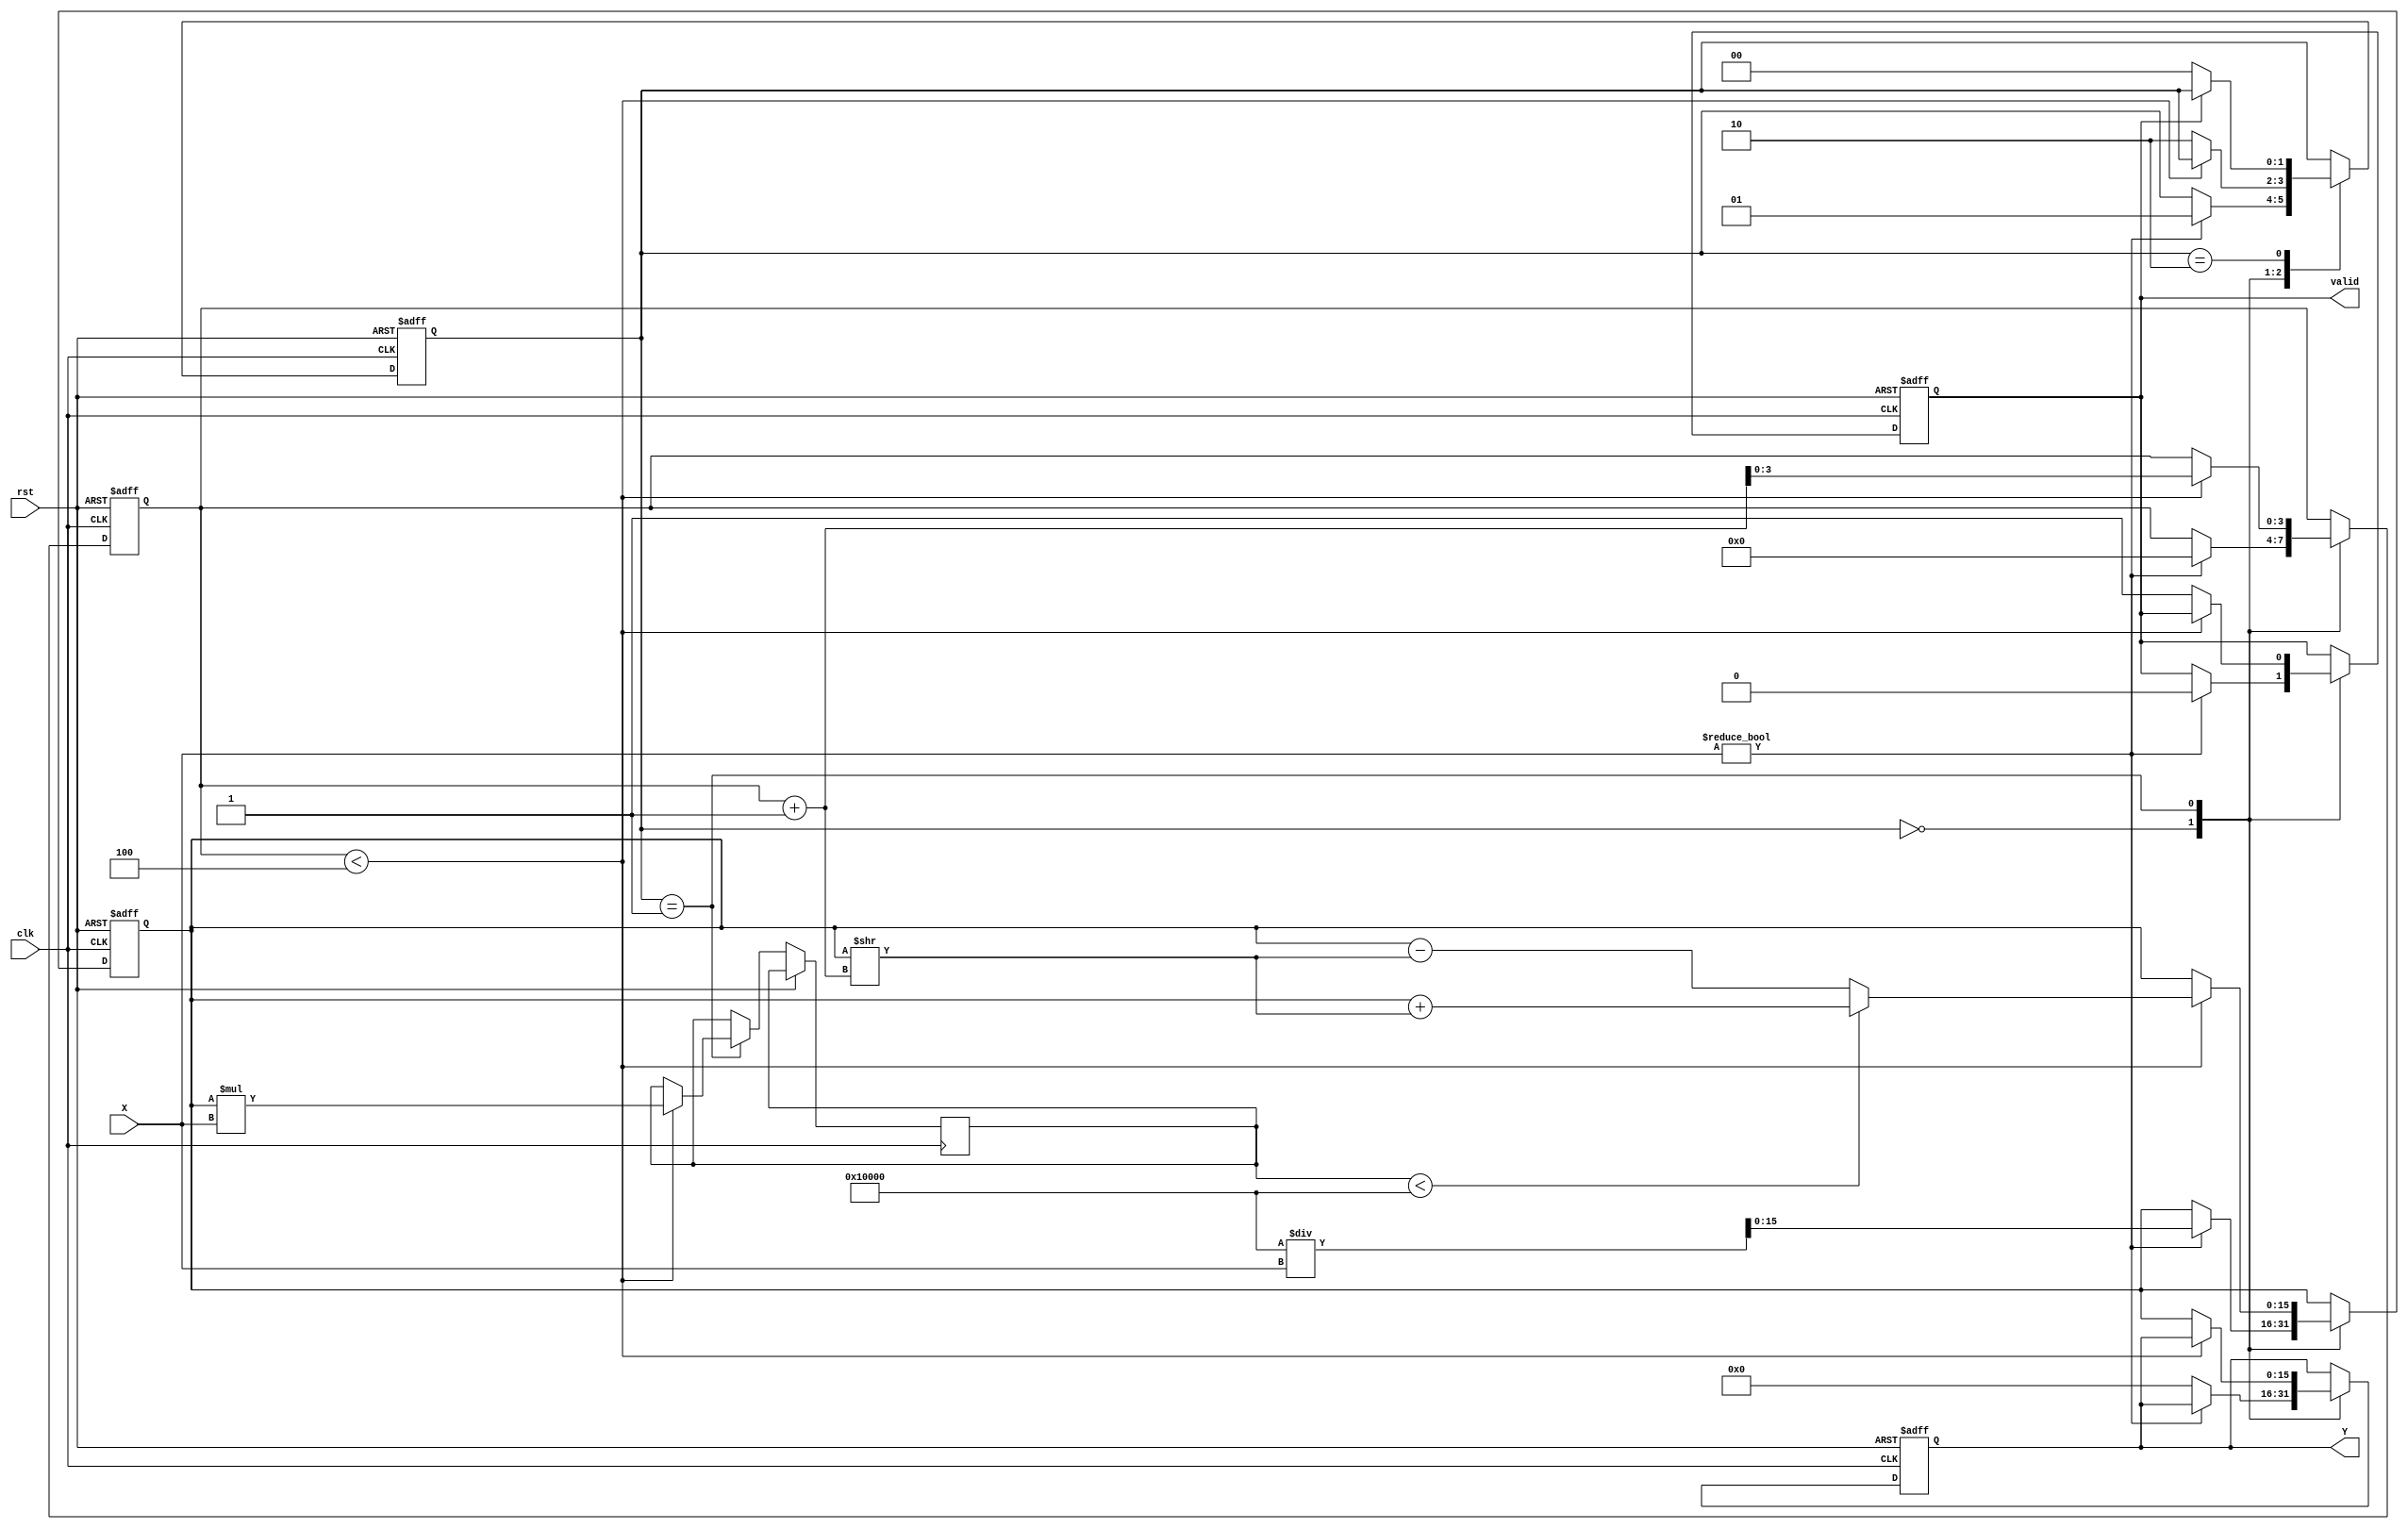
module BitwiseReciprocal #(parameter WIDTH = 16, parameter ITERATIONS = 4)(
    input wire clk,              // Clock signal
    input wire rst,              // Reset signal
    input wire [WIDTH-1:0] X,    // Input value
    output reg [WIDTH-1:0] Y,     // Output reciprocal
    output reg valid              // Output valid signal
);

    // Internal variables
    reg [WIDTH-1:0] estimate;   // Current estimate of the reciprocal
    reg [3:0] count;            // Iteration counter
    reg [WIDTH-1:0] product;    // Product of estimate and X
    reg [1:0] state;            // State for FSM
    
    // State definitions
    localparam IDLE = 2'b00,
               CALC = 2'b01,
               DONE = 2'b10;

    // Output valid signal
    always @(posedge clk or posedge rst) begin
        if (rst) begin
            Y <= 0;
            valid <= 0;
            state <= IDLE;
            count <= 0;
            estimate <= 0;
        end else begin
            case (state)
                IDLE: begin
                    if (X != 0) begin
                        // Initial estimate (e.g., using bit manipulation)
                        estimate <= (1 << WIDTH) / X; // Initial guess
                        count <= 0;
                        valid <= 0;
                        state <= CALC;
                    end else begin
                        Y <= 0; // Handle case X = 0 (reciprocal undefined)
                    end
                end

                CALC: begin
                    if (count < ITERATIONS) begin
                        // Calculate product of estimate and X
                        product <= estimate * X;

                        // Refine estimate based on product
                        if (product < (1 << WIDTH)) begin
                            estimate <= estimate + (estimate >> (count + 1)); // Adjust estimate
                        end else begin
                            estimate <= estimate - (estimate >> (count + 1)); // Adjust estimate
                        end

                        count <= count + 1;
                    end else begin
                        Y <= estimate; // Final result
                        valid <= 1;    // Indicate result is valid
                        state <= DONE;
                    end
                end

                DONE: begin
                    // Transition back to IDLE after output is taken
                    if (!valid) begin
                        state <= IDLE;
                    end
                end
            endcase
        end
    end

endmodule